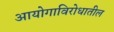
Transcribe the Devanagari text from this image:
आयोगाविरोधातील